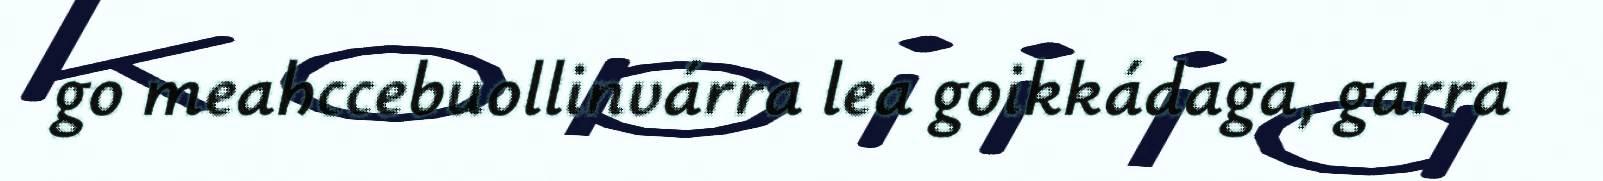
go meahccebuollinvárra lea goikkádaga, garra